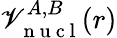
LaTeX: \mathscr{V}_{\mathrm{{~n~u~c~l~}}}^{A,B}(r)